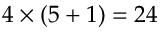
4 \times ( 5 + 1 ) = 2 4